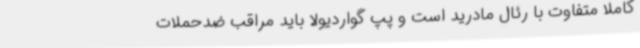
کاملا متفاوت با رئال مادرید است و پپ گواردیولا باید مراقب ضدحملات